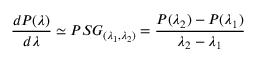
\frac { d P ( \lambda ) } { d \lambda } \simeq P S G _ { ( \lambda _ { 1 } , \lambda _ { 2 } ) } = \frac { P ( \lambda _ { 2 } ) - P ( \lambda _ { 1 } ) } { \lambda _ { 2 } - \lambda _ { 1 } }